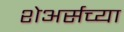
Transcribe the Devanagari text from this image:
शेअर्सच्या